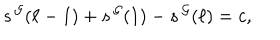
s ^ { \, \cal G } ( \ell - 1 ) + s ^ { \, \cal G } ( 1 ) - s ^ { \, \cal G } ( \ell ) = c ,